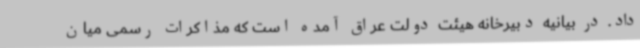
داد. در بیانیه دبیرخانه هیئت دولت عراق آمده است که مذاکرات رسمی میان